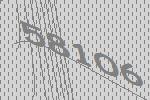
58106